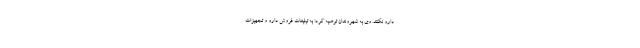
دارو نکنند. وی به شهروندان توصیه کرد: به تبلیغات فروش دارو و تجهیزات